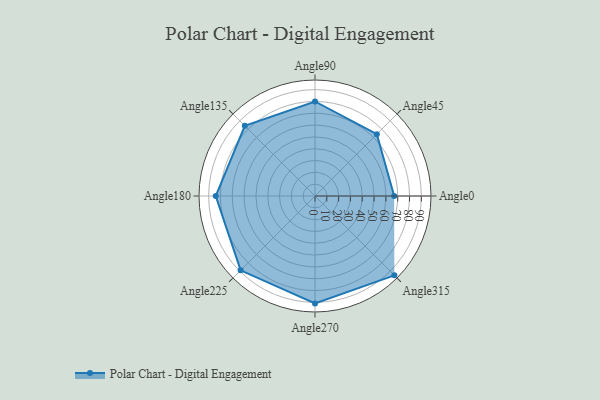
{"axis": {"x": "Angle", "y": "Radius"}, "legend": [""], "data": [{"x": "Angle0", "y": 67.0, "type": ""}, {"x": "Angle45", "y": 74.0, "type": ""}, {"x": "Angle90", "y": 80.0, "type": ""}, {"x": "Angle135", "y": 84.0, "type": ""}, {"x": "Angle180", "y": 84.0, "type": ""}, {"x": "Angle225", "y": 89.0, "type": ""}, {"x": "Angle270", "y": 91.0, "type": ""}, {"x": "Angle315", "y": 95.0, "type": ""}]}